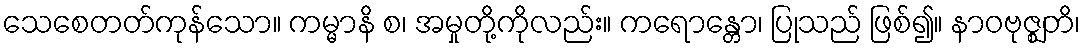
သေစေတတ်ကုန်သော။ ကမ္မာနိ စ၊ အမှုတို့ကိုလည်း။ ကရောန္တော၊ ပြုသည် ဖြစ်၍။ နာဝဗုဇ္ဈတိ၊